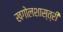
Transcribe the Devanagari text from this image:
खगोलशास्‍त्री